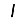
Digit: 1